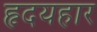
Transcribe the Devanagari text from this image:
हृदयहार